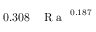
0 . 3 0 8 \, \mathrm { ~ \textit ~ { ~ R ~ a ~ } ~ } ^ { 0 . 1 8 7 }